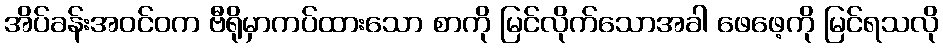
အိပ်ခန်းအဝင်ဝက ဗီရိုမှာကပ်ထားသော စာကို မြင်လိုက်သောအခါ ဖေဖေ့ကို မြင်ရသလို